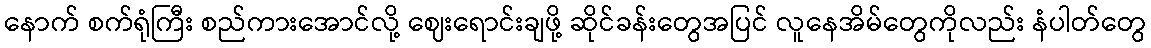
နောက် စက်ရုံကြီး စည်ကားအောင်လို့ ဈေးရောင်းချဖို့ ဆိုင်ခန်းတွေအပြင် လူနေအိမ်တွေကိုလည်း နံပါတ်တွေ